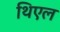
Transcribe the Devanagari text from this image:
थिएल